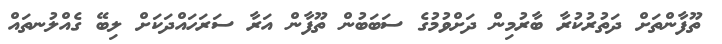
ތޫފާންތަށް ދަތުރުކުރާ ބާރުމިން ދަށްވުމުގެ ސަބަބުން ތޫފާން އަރާ ސަރަހައްދަކަށް ލިބޭ ގެއްލުނތައް